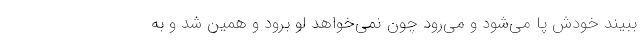
ببیند خودش پا می‌شود و می‌رود چون نمی‌خواهد لو برود و همین شد و به